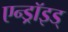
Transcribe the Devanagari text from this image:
एन्ड्रॉइड्